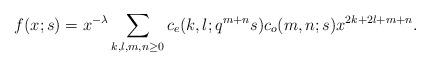
LaTeX: \begin{align*}f(x;s)=x^{-\lambda} \sum_{k,l,m,n\geq 0} c_e(k,l;q^{m+n}s) c_o(m,n;s)x^{2k+2l+m+n}.\end{align*}